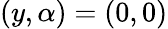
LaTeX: \left(y,\alpha\right)=\left(0,0\right)